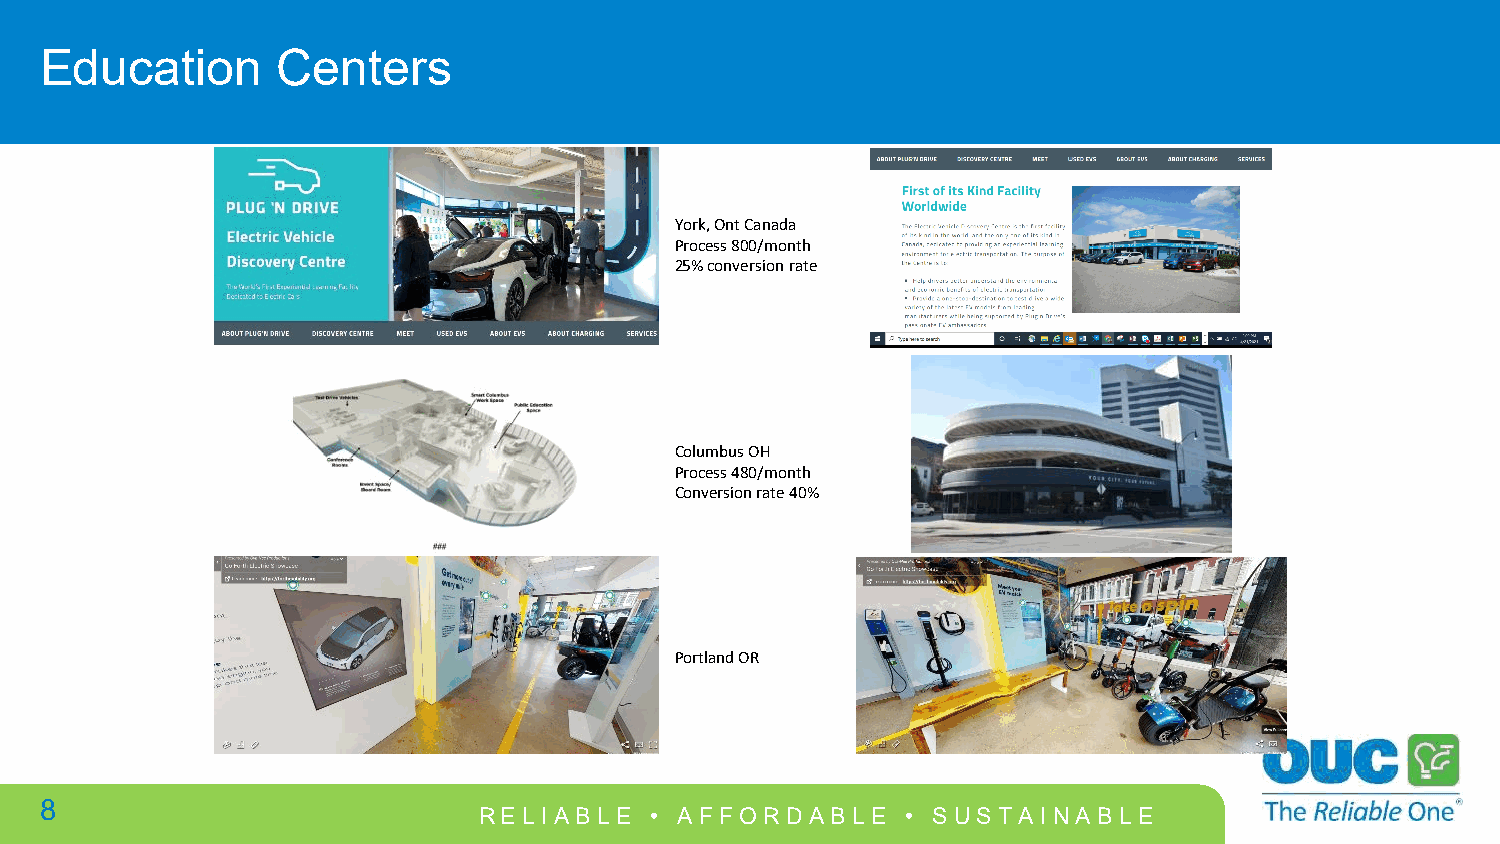
Education      Centers
 York, OntCanada
 Process 800/month
 25% conversion rate
 Columbus OH
 Process 480/month
 Conversion rate 40%
 Portland OR
 8
 RELI ABLE  • AFFO  RDABLE   • SUST AI NABLE